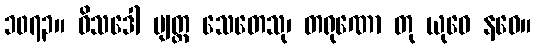
၁၀၇၃။ ဝိသဒေါ ဗျတ္တ သေတေသု၊ တရုဏော တု ယုဝေ နဝေ။